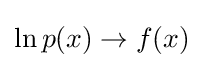
\ln {p(x)}\rightarrow f(x)